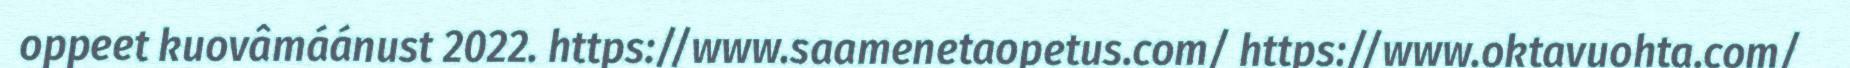
oppeet kuovâmáánust 2022. https://www.saamenetaopetus.com/ https://www.oktavuohta.com/